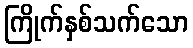
ကြိုက်နှစ်သက်သော